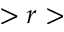
> r >